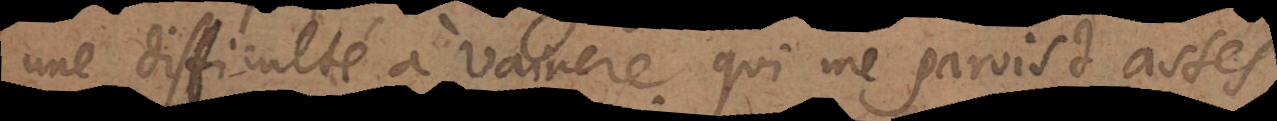
une difficulté à vaincre qui me paroist assés